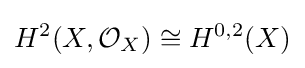
H^{2}(X,{\mathcal {O}}_{X})\cong H^{0,2}(X)